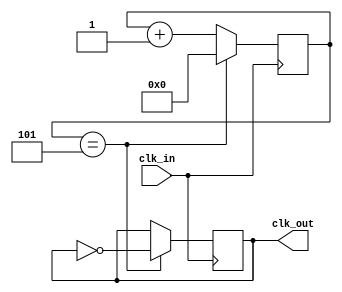
module PrescalerSix(
	input wire clk_in,
	output reg clk_out
);

reg [3:0] count = 4'b0000;

always @(posedge clk_in) begin
	if (count == 10'd5 )begin 
		count <= 4'b0000;
		clk_out <= ~clk_out;
	end else begin
		count <= count + 1;
	end
end

endmodule